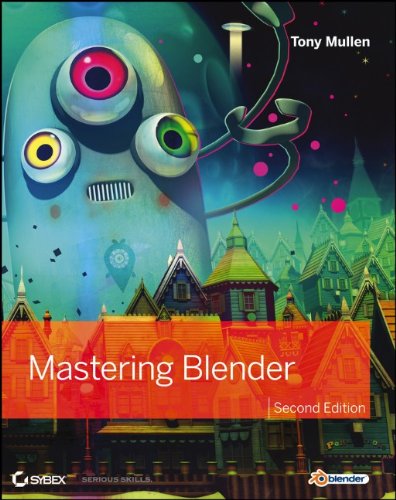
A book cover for Mastering Blender; Tony Mullen; Computers & Technology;